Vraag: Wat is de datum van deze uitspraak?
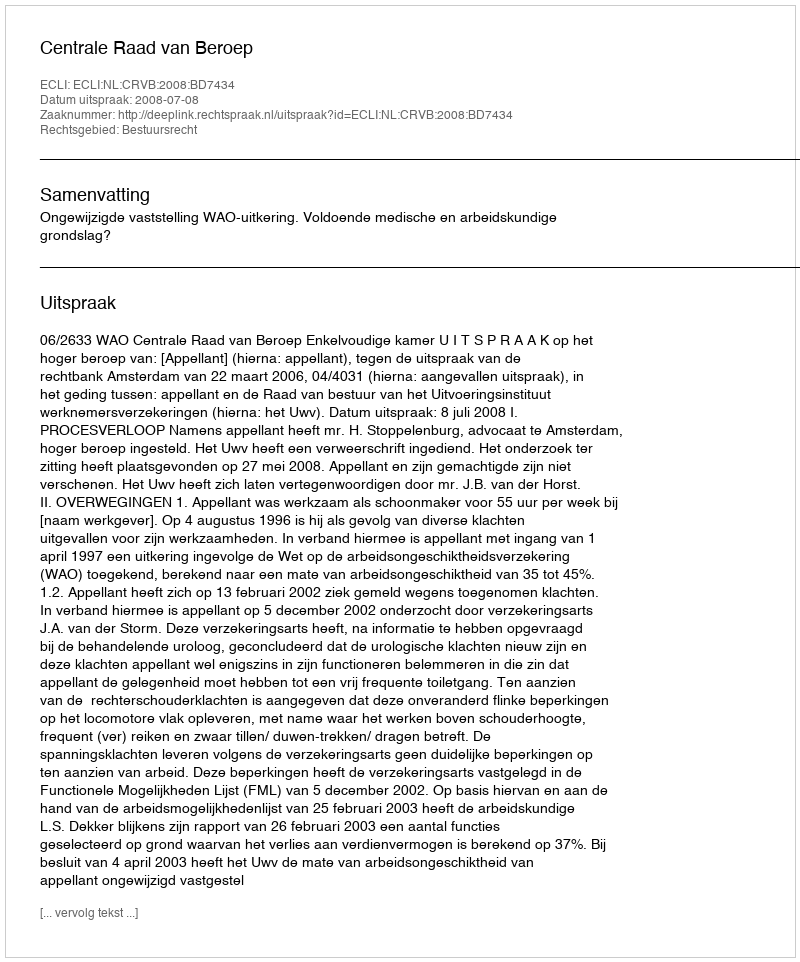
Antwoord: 2008-07-08